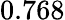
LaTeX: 0.768